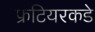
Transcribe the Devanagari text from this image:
फ्रंटियरकडे